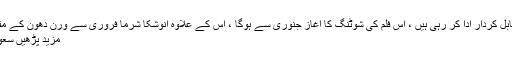
انوشکا شرماآنند ایل رائے کی فلم میں شاہ رخ خان کے مقابل کردار ادا کر رہی ہیں ، اس فلم کی شوٹنگ کا آغاز جنوری سے ہوگا ، اس کے علاوہ انوشکا شرما فروری سے ورن دھون کے مقابل فلم ’ سوئی دھاگہ ‘ کی شوٹنگ میں بھی حصہ لیں گی
مزید پڑھیں سعودی عرب کے بعد متحدہ عرب امارات نے قانون بدل ڈالا